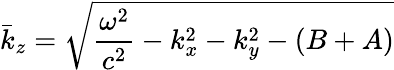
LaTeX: \bar{k}_{z}=\sqrt{\frac{\omega^{2}}{c^{2}}-k_{x}^{2}-k_{y}^{2}-(B+A)}